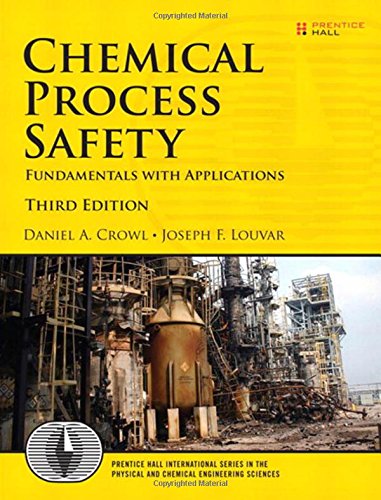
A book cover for Chemical Process Safety: Fundamentals with Applications (3rd Edition) (Prentice Hall International Series in the Physical and Chemical Engineering Sciences); Daniel A. Crowl; Engineering & Transportation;